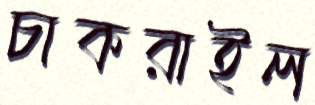
চাকরাইল